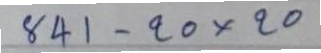
841 - 20x20